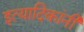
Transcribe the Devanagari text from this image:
इत्यादिकांनी